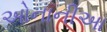
ઓનાનીઆ